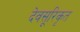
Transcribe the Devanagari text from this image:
देवसूरिकृत